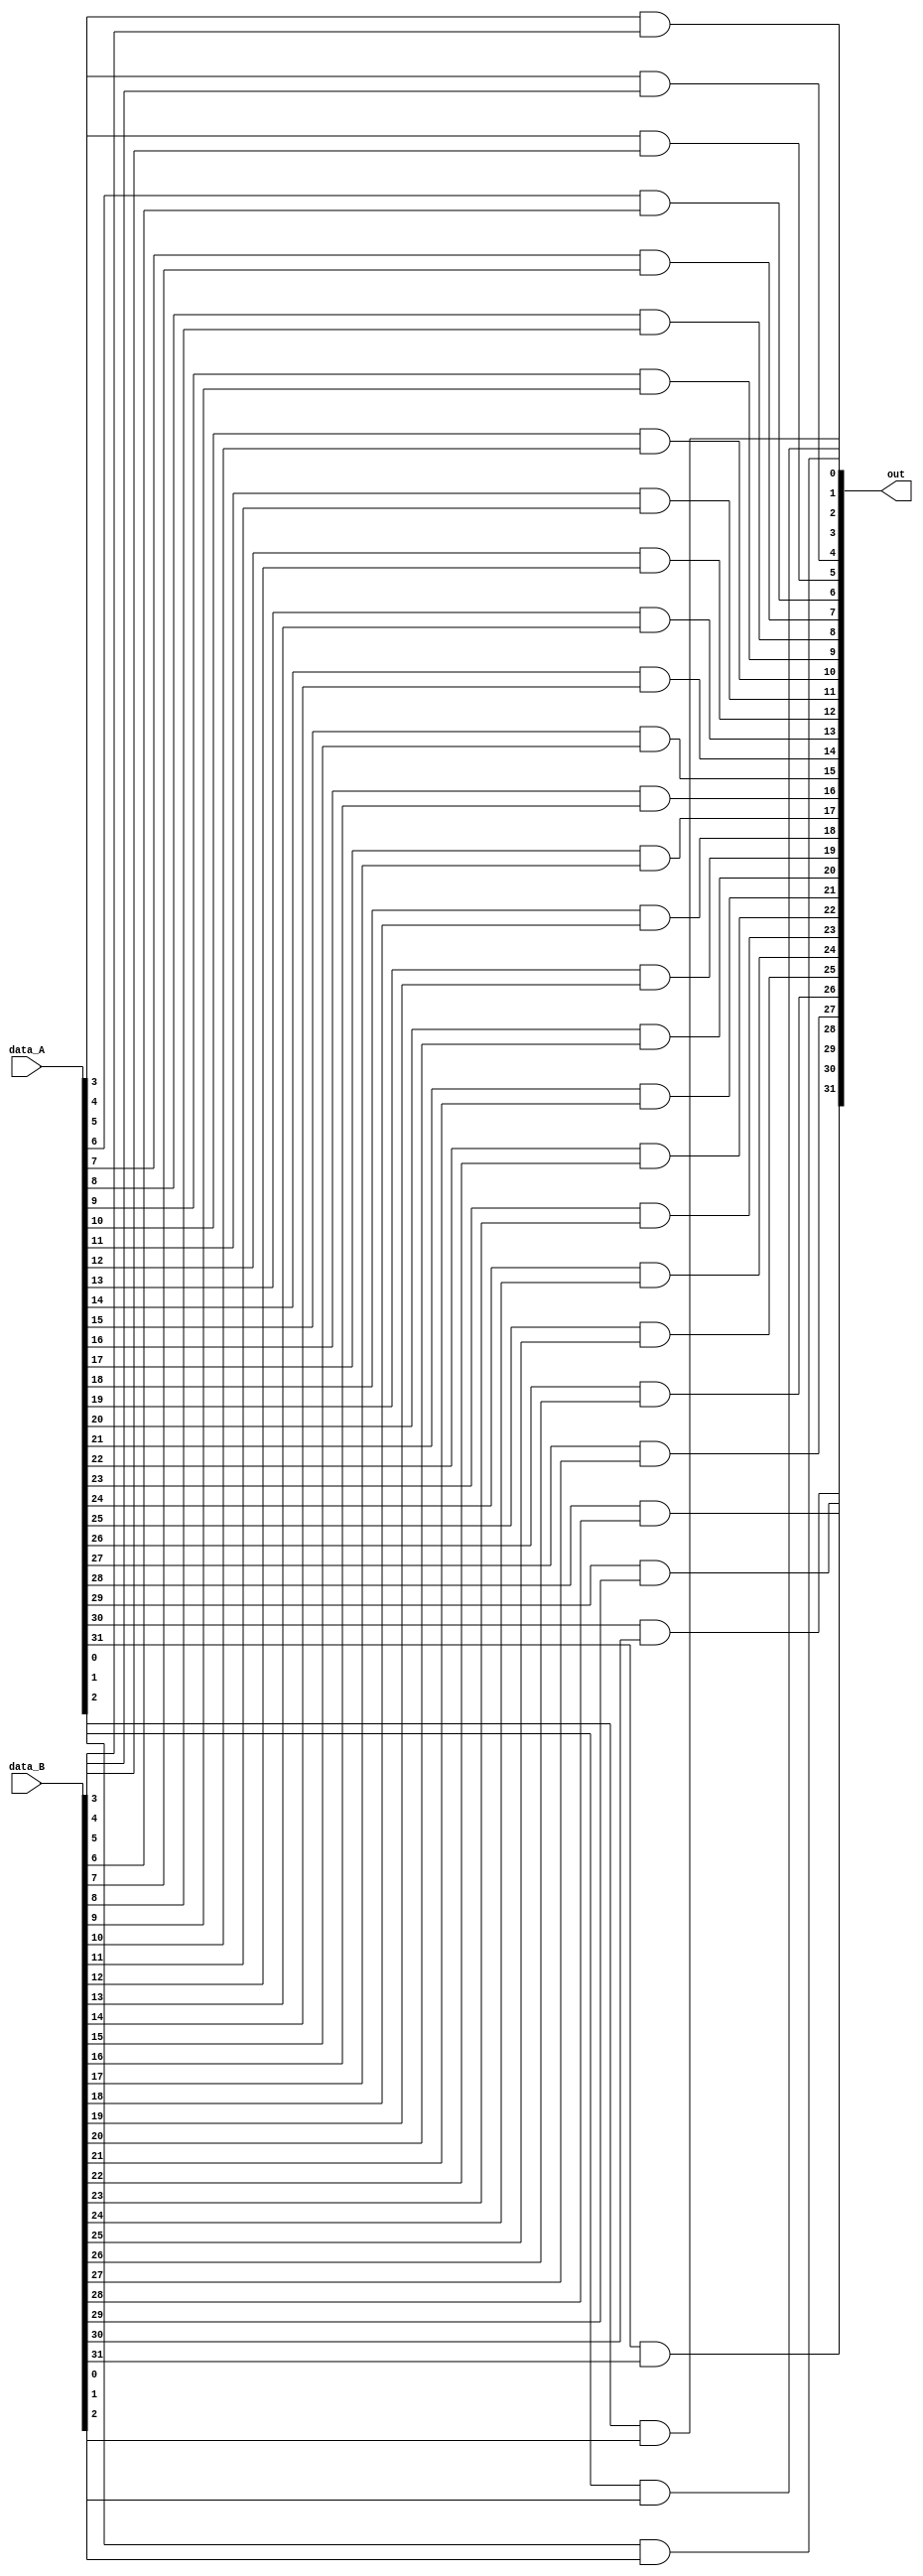
module bitwise_and(data_A, data_B, out);
    input [31:0] data_A, data_B;
    output [31:0] out;
    //performs bitwise and on A && B, returns output
    //AND each individual bit, and then assign to the output bit?
    
    and AND1(out[0], data_A[0], data_B[0]);
    and AND2(out[1], data_A[1], data_B[1]);
    and AND3(out[2], data_A[2], data_B[2]);
    and AND4(out[3], data_A[3], data_B[3]);
    and AND5(out[4], data_A[4], data_B[4]);
    and AND6(out[5], data_A[5], data_B[5]);
    and AND7(out[6], data_A[6], data_B[6]);
    and AND8(out[7], data_A[7], data_B[7]);
    and AND9(out[8], data_A[8], data_B[8]);
    and AND10(out[9], data_A[9], data_B[9]);
    and AND11(out[10], data_A[10], data_B[10]);
    and AND12(out[11], data_A[11], data_B[11]);
    and AND13(out[12], data_A[12], data_B[12]);
    and AND14(out[13], data_A[13], data_B[13]);
    and AND15(out[14], data_A[14], data_B[14]);
    and AND16(out[15], data_A[15], data_B[15]);
    and AND17(out[16], data_A[16], data_B[16]);
    and AND18(out[17], data_A[17], data_B[17]);
    and AND19(out[18], data_A[18], data_B[18]);
    and AND20(out[19], data_A[19], data_B[19]);
    and AND21(out[20], data_A[20], data_B[20]);
    and AND22(out[21], data_A[21], data_B[21]);
    and AND23(out[22], data_A[22], data_B[22]);
    and AND24(out[23], data_A[23], data_B[23]);
    and AND25(out[24], data_A[24], data_B[24]);
    and AND26(out[25], data_A[25], data_B[25]);
    and AND27(out[26], data_A[26], data_B[26]);
    and AND28(out[27], data_A[27], data_B[27]);
    and AND29(out[28], data_A[28], data_B[28]);
    and AND30(out[29], data_A[29], data_B[29]);
    and AND31(out[30], data_A[30], data_B[30]);
    and AND32(out[31], data_A[31], data_B[31]);
endmodule